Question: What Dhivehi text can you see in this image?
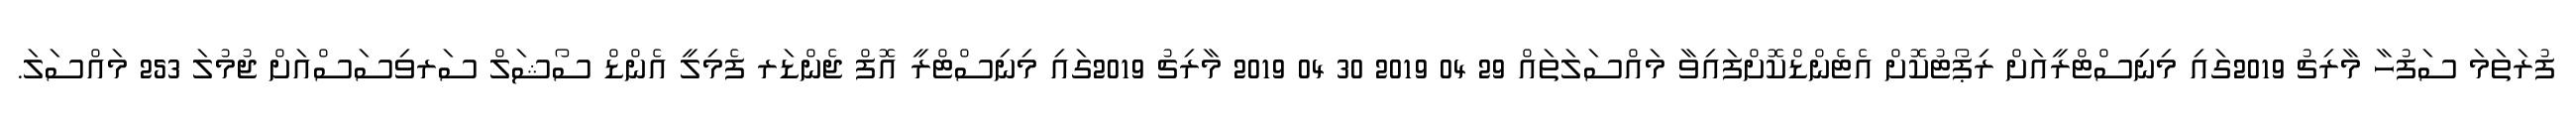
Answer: ފުރަތަމަ ސަފުހާ މާރިޗު 2019ގައި މިނިސްޓްރީއަށް ރިޕޯޓުކޮށް އެޓެންޑްކޮށްފައިވާ މައްސަލަތައް 29 04 2019 30 04 2019 މާރިޗު 2019ގައި މިނިސްޓްރީ އޮފް ޖެންޑަރ ފެމިލީ އެންޑް ސޯޝަލް ސަރވިސަސްއަށް ޖުމުލަ 253 މައްސަލަ.